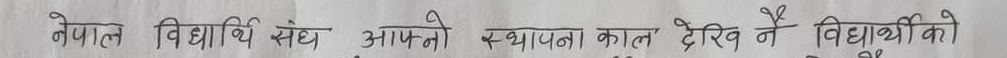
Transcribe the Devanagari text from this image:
नेपाल विद्यार्थी संघ आफ्नो स्थापना काल देखि नै विद्यार्थीको